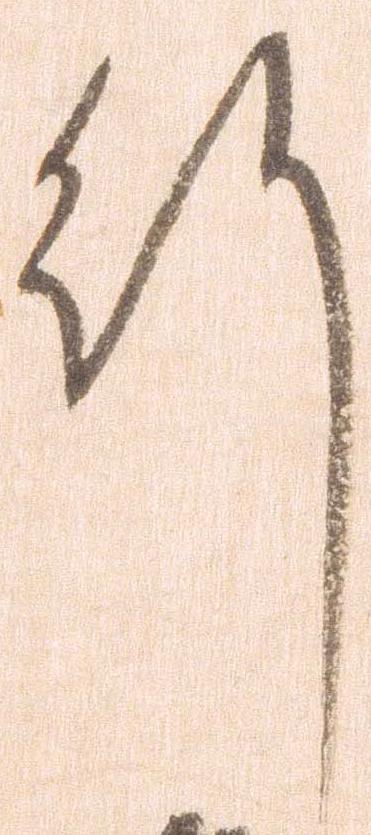
行